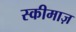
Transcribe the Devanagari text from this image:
स्कीमाज़